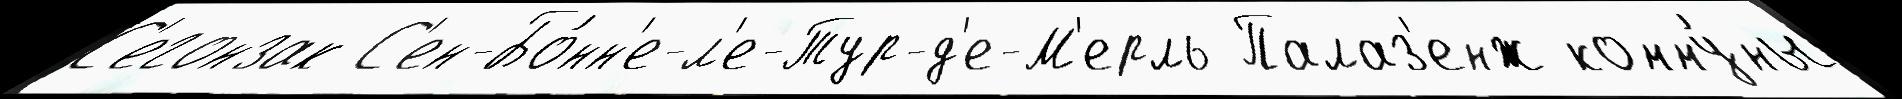
С'егонзак С'ен-Бо́нн'е-л'е-Тур-д'е-М'ерль Палаз'енж комму́ны